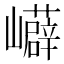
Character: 𭗳